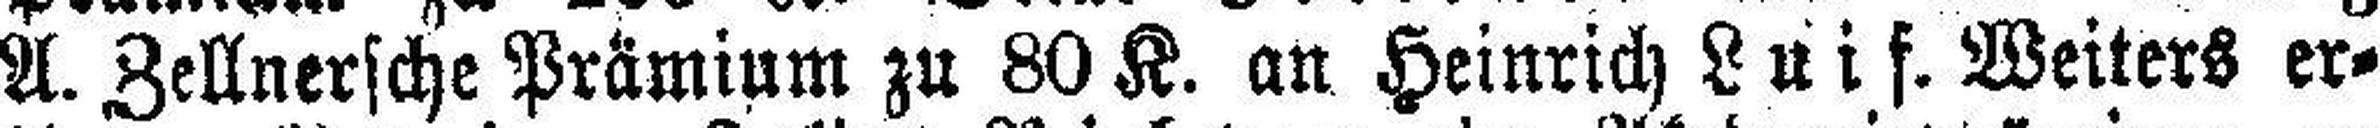
A. Zellnersche Prämium zu 80 K. an Heinrich Luis. Weiters er¬